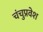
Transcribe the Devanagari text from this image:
चंचुप्रवेश